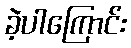
ခဲ့ပါကြောင်း